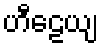
ဟီဠေယျ